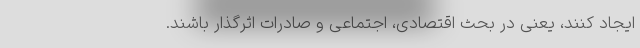
ایجاد کنند، یعنی در بحث اقتصادی، اجتماعی و صادرات اثرگذار باشند.